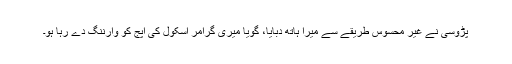
پڑوسی نے غیر محسوس طریقے سے میرا ہاتھ دبایا، گویا میری گرامر اسکول کی اپج کو وارننگ دے رہا ہو۔